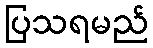
ပြသရမည်